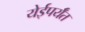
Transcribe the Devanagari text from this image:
येईपर्यँत